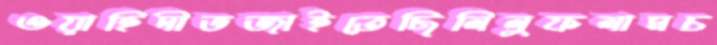
ওয়াহিদীভজাইতেছিলিলুফলামচ